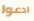
ادعوا